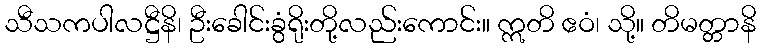
သီသကပါလဋ္ဌီနိ၊ ဦးခေါင်းခွံရိုးတို့လည်းကောင်း။ ဣတိ ဧဝံ၊ သို့။ တိမတ္တာနိ